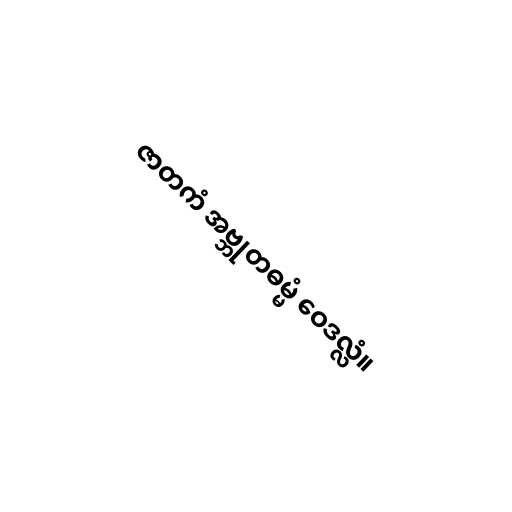
ဇာတကံ အဗ္ဘုတဓမ္မံ ဝေဒလ္လံ။